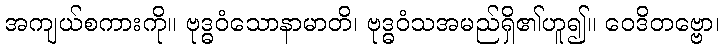
အကျယ်စကားကို။ ဗုဒ္ဓဝံသောနာမာတိ၊ ဗုဒ္ဓဝံသအမည်ရှိ၏ဟူ၍။ ဝေဒိတဗ္ဗော၊